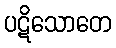
ပဋိသောတေ